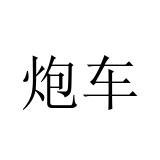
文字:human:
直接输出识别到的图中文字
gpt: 炮车